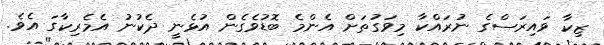
ޒިކާ ވައިރަސްގެ ނުރައްކާ މިވަގުތަށް އެންމެ ބޮޑުވެގެން އުޅެނީ ދެކުނު އެމެރިކާގަ އެވެ.